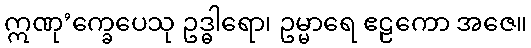
ဣဏု’က္ခေပေသု ဥဒ္ဓါရော၊ ဥမ္မာရေ ဧဠကော အဇေ။